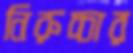
নিরুচ্চার